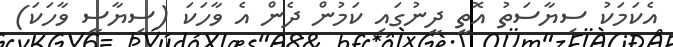
އެކަމަކު ސިޔާސަތު އޮތީ ދީނުގައި ކަމުން ދެން އެ ވާހަކަ (ސިޔާސީ ވާހަކަ)